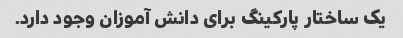
یک ساختار پارکینگ برای دانش آموزان وجود دارد.